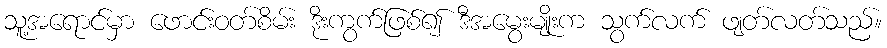
သူ့အရောင်မှာ ဖောင်းဝတ်စိမ်း ဒိုးကွက်ဖြစ်၍ ဒီအမွေးမျိုးက သွက်လက် ဖျတ်လတ်သည်။